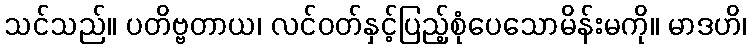
သင်သည်။ ပတိဗ္ဗတာယ၊ လင်ဝတ်နှင့်ပြည့်စုံပေသောမိန်းမကို။ မာဒဟိ၊